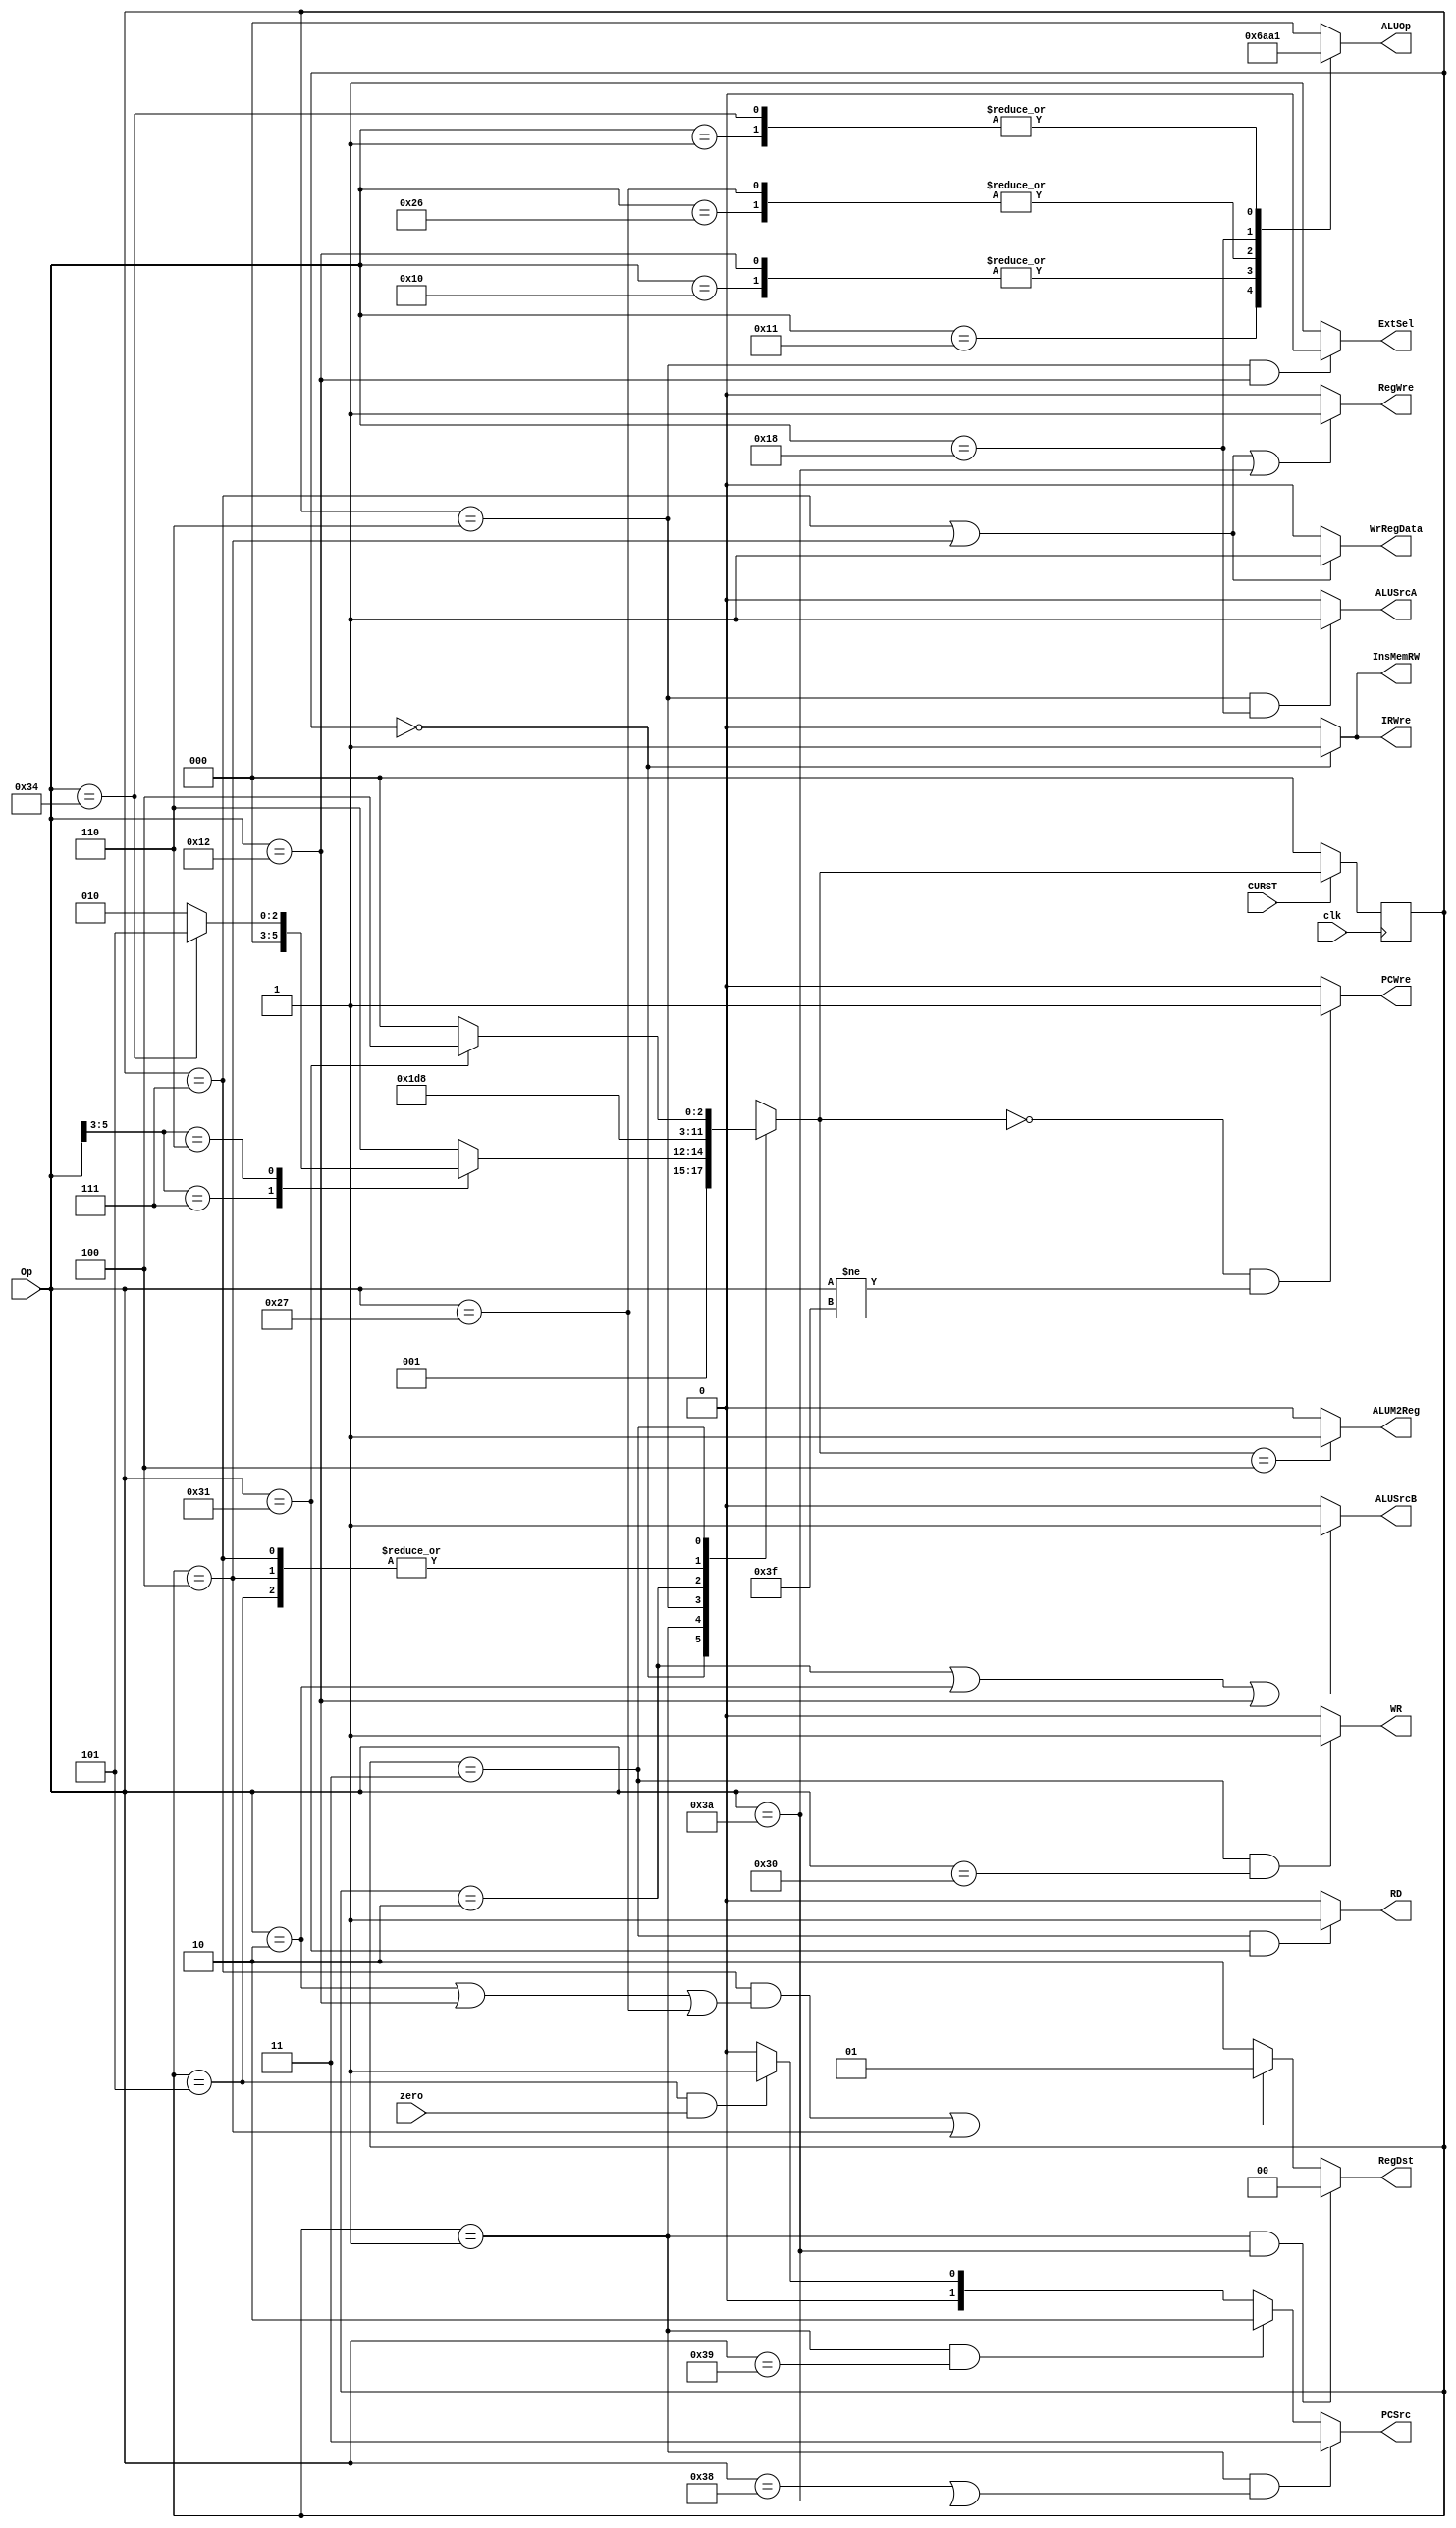
`timescale 1ns / 1ps

module ControlUnit(
	input [5:0] Op,
	input zero,
	input clk,
	input CURST,
	output reg PCWre,
	output reg ALUSrcA,
	output reg ALUSrcB,
	output reg ALUM2Reg,
	output reg RegWre,
	output reg WrRegData,
	output reg InsMemRW,
	output reg RD,
	output reg WR,
	output reg IRWre,
	output reg ExtSel,
	output reg [1:0] PCSrc,
	output reg [1:0] RegDst,
	output reg [2:0] ALUOp
    );
	 //opcode of instructions
	parameter [5:0] ADDU=6'b000000,
						 SUBU=6'b000001,
						 ADDIU=6'b000010,
						 OR=6'b010000,
						 AND=6'b010001,
						 ORI=6'b010010,
						 SLL=6'b011000,
						 SLTU=6'b100110,
						 SLTIU=6'b100111,
						 SW=6'b110000,
						 LW=6'b110001,
						 BEQ=6'b110100,
						 J=6'b111000,
						 JR=6'b111001,
						 JAL=6'b111010,
						 HALT=6'b111111;
	 
	 //code of states
	parameter [2:0] IF=3'b000,
						 ID=3'b001,
						 EXE1=3'b110,
						 EXE2=3'b101,
						 EXE3=3'b010,
						 MEM=3'b011,
						 WB1=3'b111,
						 WB2=3'b100;
	reg [2:0] state, next_state;
	 
	 //initialization
	initial begin
		PCWre = 0;
		ALUSrcA = 0;
		ALUSrcB = 0;
		ALUM2Reg = 0;
		RegWre = 0;
		WrRegData = 0;
		InsMemRW = 0;
		RD = 0;
		WR = 0;
		IRWre = 0;
		ExtSel = 0;
		PCSrc = 2'b00;
		RegDst = 2'b00;
		ALUOp = 3'b000;
		state = IF;
	end
	
	 //changing table of states

	always@(posedge clk) begin 
		if (CURST == 0)
			state <= IF;
		else 
			state <= next_state;
			$monitor("%b,",state);
	end
	
	always@(state or Op) begin
		case(state)
			IF: next_state = ID;
			ID: begin
				case (Op[5:3])
					3'b111: next_state = IF;
					3'b110: begin
						if (Op == BEQ)
							next_state = EXE2;
						else
							next_state = EXE3;
					end
					default: next_state = EXE1;
				endcase
			end
			EXE1: next_state = WB1;
			EXE2: next_state = IF;
			EXE3: next_state = MEM;
			WB1: next_state = IF;
			WB2: next_state = IF;
			MEM: next_state = (Op == LW)?WB2:IF;
		endcase
			$monitor("2,%b,%b", state, next_state);
	end
	
	always@(state) begin
		if(next_state == IF && Op != HALT) 
			PCWre = 1;
		else PCWre = 0;
		
		if(state == EXE1 && Op == SLL)
			ALUSrcA = 1;
		else ALUSrcA = 0;
		
		if(state == EXE3 || Op == ADDIU || Op == ORI)
			ALUSrcB = 1;
		else ALUSrcB = 0;
		
		if(next_state == WB2)
			ALUM2Reg = 1;
		else ALUM2Reg = 0;
		
		if(state == WB1 || state == WB2 || Op == JAL) 
			RegWre = 1;
		else RegWre = 0;
		
		if(state == WB1 || state == WB2)
			WrRegData = 1;
		else WrRegData = 0;
		
		if(state == IF)
			InsMemRW = 1;
		else InsMemRW = 0;
		
		if(state == MEM && Op == LW)
			RD = 1;
		else RD = 0;
		
		if(state == MEM && Op == SW)
			WR = 1;
		else WR = 0;
		
		if(state == IF)
			IRWre = 1;
		else IRWre = 0;
		
		if(state == EXE1 && Op == ORI)
			ExtSel = 0;
		else ExtSel = 1;
		
		if(state == ID && (Op == J || Op == JAL))
			PCSrc = 2'b11;
		else if(state == ID && Op == JR)
			PCSrc = 2'b10;
		else if(state == EXE2 && zero == 1)
			PCSrc = 2'b01;
		else PCSrc = 2'b00;
		
		if(state == ID && Op == JAL)
			RegDst = 2'b00;
		else if((state == WB1 && (Op == ADDIU || Op == ORI || Op == SLTIU)) || state == WB2)
			RegDst = 2'b01;
		else RegDst = 2'b10;
		
		case(Op)
			SUBU:ALUOp = 3'b001;
			OR:ALUOp = 3'b101;
			AND:ALUOp = 3'b110;
			ORI:ALUOp = 3'b101;
			SLTU:ALUOp = 3'b010;
			SLTIU:ALUOp = 3'b010;
			SLL:ALUOp = 3'b100;
			BEQ:ALUOp = 3'b001;
			default:ALUOp = 3'b000;
		endcase;
	end
			
	
endmodule